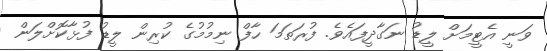
ވަނީ އެޓީމަށް ލީޑު ނަގާދީފައެވެ. ފުރަތަމަ ހާފް ނިމުމުގެ ކުރިން ލީޑު ފުޅާކޮށްލަން